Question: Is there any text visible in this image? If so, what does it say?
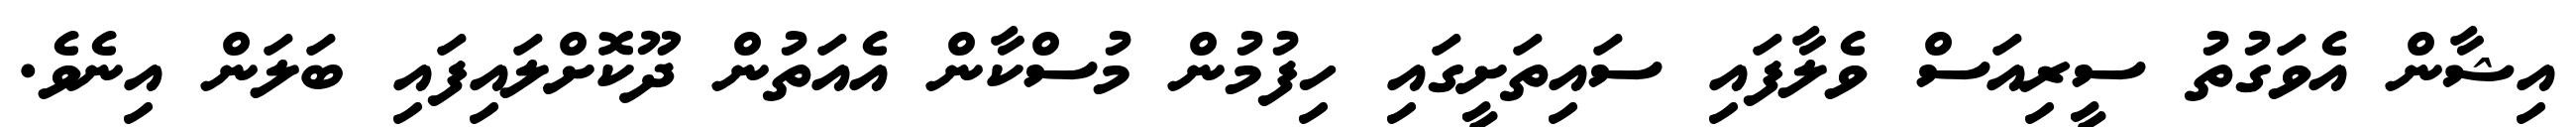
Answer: އިޝާން އެވަގުތު ސީރިއަސް ވެލާފައި ސައިތަށީގައި ހިފުމުން މުސްކާން އެއަތުން ދޫކޮށްލައިފައި ބަލަން އިނެވެ.